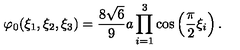
\varphi _ { 0 } ( \xi _ { 1 } , \xi _ { 2 } , \xi _ { 3 } ) = \frac { 8 \sqrt { 6 } } { 9 } a \prod _ { i = 1 } ^ { 3 } \cos \left( \frac { \pi } { 2 } \xi _ { i } \right) .